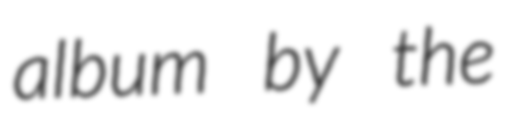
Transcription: album by the